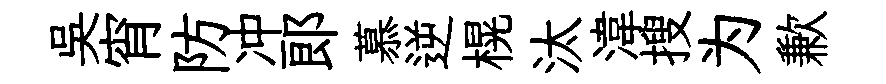
吳宵防冲郞慕逆榥汰湋搜为歉